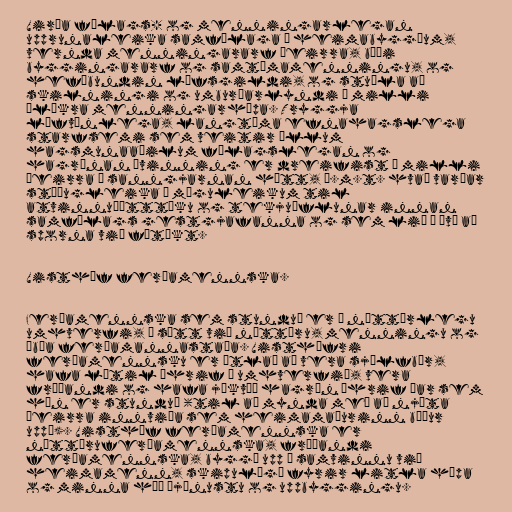
Virða félags- og menningarlegan
upprunaleika samfélaga í heimabyggðum,
vernda menningararf þeirra, bæði
byggingararf og samtímamenningu, og
hefðbundin lífsgildi, og stuðla að
skilningi og umburðarlyndi á milli
ólíkra menningarhópa. Tryggja
lífvænlega, langtíma efnahagslega
starfsemi sem veitir öllum
hagsmunaaðilum félagslegan og
hagrænan ávinning er dreifist á milli
þeirra á sanngjarnan hátt, þ.m.t. hvað varðar
stöðugleika í möguleikum til
atvinnuþátttöku og tekjuöflunar innan
samfélags gestgjafanna og sem lið í því að
sporna við fátækt.

Visthæf ferðamennska.

Ferðamennska sem stunduð er í náttúrlegu
umhverfi, í sátt við náttúru, menningu og
íbúa ferðamannastaða. Visthæfri
ferðamennsku er ætlað að vera sjálfbær,
hafa lítil áhrif á umhverfið, vera
fræðandi og hafa jákvæð hagræn áhrif þar sem
hún er stunduð (til að mynda með að njóta
þeirra innviða sem heimamaðurinn býður
uppá). Visthæf ferðamennska er
náttúruferðamennska, fræðandi
ferðamennska, byggð upp í samvinnu við
heimamenn, skipulögð fyrir litla hópa
og minna háð þjónustu og uppbyggingu.